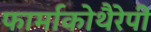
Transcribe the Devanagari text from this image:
फार्माकोथैरेपी